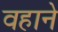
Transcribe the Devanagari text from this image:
वहाने